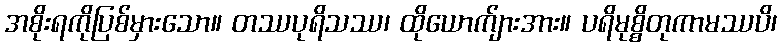
အစိုးရကိုပြစ်မှားသော။ တဿပုရိသဿ၊ ထိုယောက်ျားအား။ ပရိမုစ္စိတုကာမဿပိ၊